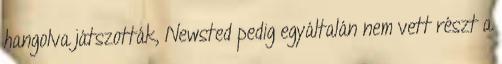
hangolva játszották, Newsted pedig egyáltalán nem vett részt a